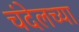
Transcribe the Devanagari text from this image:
चंदेलच्या